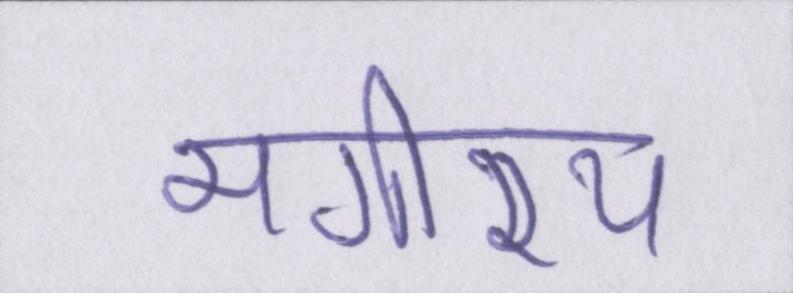
भगीरथ